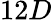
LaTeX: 12D